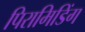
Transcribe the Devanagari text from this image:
पिरामिडिंग